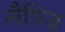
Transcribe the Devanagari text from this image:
लैपिज़